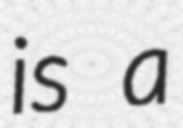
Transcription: is a